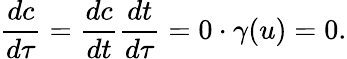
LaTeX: \frac{dc}{d\tau}=\frac{dc}{dt}\frac{dt}{d\tau}=0\cdot\gamma(u)=0.